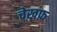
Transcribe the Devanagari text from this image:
चेख़फ़